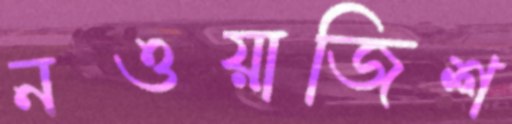
নওয়াজিশ